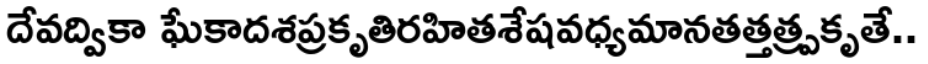
దేవద్వికా ఘేకాదశప్రకృతిరహితశేషవధ్యమానతత్తత్ప్రకృతే..